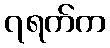
၇ရက်က